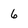
Character: 6